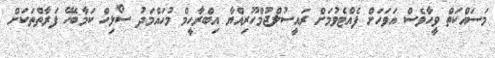
މަސައްކަތް ވީހާވެސް އަވަހަށް ފެއްޓެވުމަށް ރައީސުލްޖުމްހޫރިއްޔާ އިބްރާހީމް މުހައްމަދު ސޯލިހް ކަމާބެހޭ ފަރާތްތަކަށް